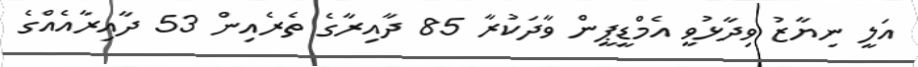
އަލީ ނިޔާޒު ވިދާޅުވީ އެމްޑީޕީން ވާދަކުރާ 85 ދާއިރާގެ ތެރެއިން 53 ދާއިރާއެއްގެ